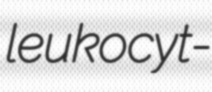
leukocyt-